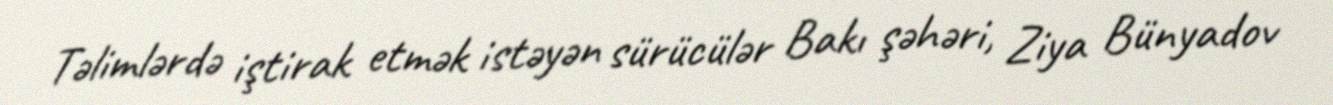
Təlimlərdə iştirak etmək istəyən sürücülər Bakı şəhəri, Ziya Bünyadov